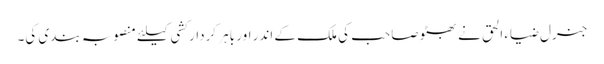
جنرل ضیاء الحق نے بھٹو صاحب کی ملک کے اندر اور باہر کردار کشی کیلئے منصوبہ بندی کی۔